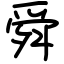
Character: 舜